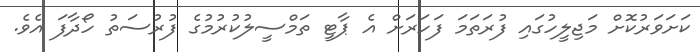
ކަށަވަރުކޮށް މަޖިލީހުގައި ފުރަތަމަ ފަހަރަށް އެ ޕާޓީ ތަމްސީލުކުރުމުގެ ފުރުސަތު ހޯދާފަ އެވެ.